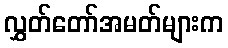
လွှတ်တော်အမတ်များက